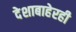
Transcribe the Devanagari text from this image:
देशाबाहेरही